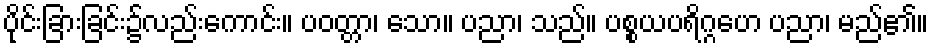
ပိုင်းခြားခြင်း၌လည်းကောင်း။ ပဝတ္တာ၊ သော။ ပညာ၊ သည်။ ပစ္စယပရိဂ္ဂဟေ ပညာ၊ မည်၏။